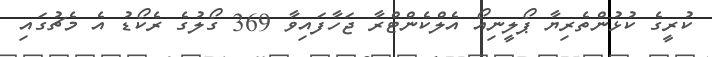
ކުރީގެ ކުޅުންތެރިޔާ ޕޯލީނިއޯ އެލްކެންޓްރާ ޖަހާފައިވާ 369 ގޯލުގެ ރެކޯޑު އެ މެޗުގައި